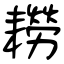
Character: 耮